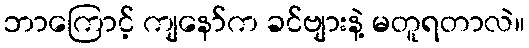
ဘာကြောင့် ကျနော်က ခင်ဗျားနဲ့ မတူရတာလဲ။